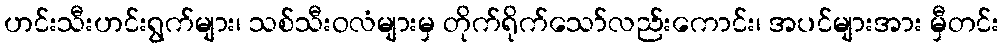
ဟင်းသီးဟင်းရွက်များ၊ သစ်သီးဝလံများမှ တိုက်ရိုက်သော်လည်းကောင်း၊ အပင်များအား မှီတင်း